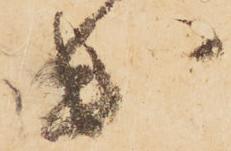
出